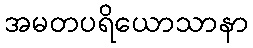
အမတပရိယောသာနာ